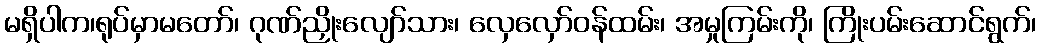
မရှိပါက၊ရုပ်မှာမတော်၊ ဂုဏ်ညှိုးလျော်သား၊ လှေလှော်ဝန်ထမ်း၊ အမှုကြမ်းကို၊ ကြိုးပမ်းဆောင်ရွက်၊